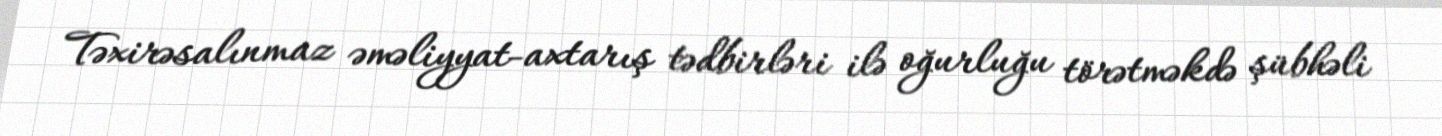
Təxirəsalınmaz əməliyyat-axtarış tədbirləri ilə oğurluğu törətməkdə şübhəli